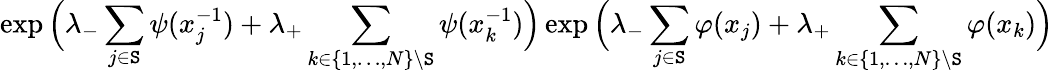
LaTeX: \exp\Big(\lambda_{-}\sum_{j\in\mathtt{S}}\psi(x_{j}^{-1})+\lambda_{+}\sum_{k\in\{ 1,\ldots,N\} \backslash\mathtt{S}}\psi(x_{k}^{-1})\Big)\exp\Big(\lambda_{-}\sum_{j\in\mathtt{S}}\varphi(x_{j})+\lambda_{+}\sum_{k\in\{ 1,\ldots,N\} \backslash\mathtt{S}}\varphi(x_{k})\Big)